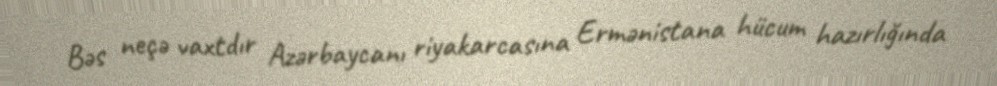
Bəs neçə vaxtdır Azərbaycanı riyakarcasına Ermənistana hücum hazırlığında